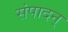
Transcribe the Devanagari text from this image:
संपादन्